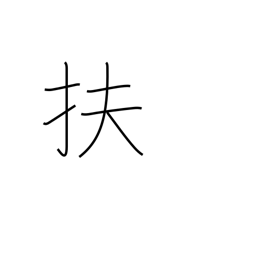
Meaning: aid